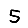
Digit: 5